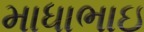
માધાભાઇ